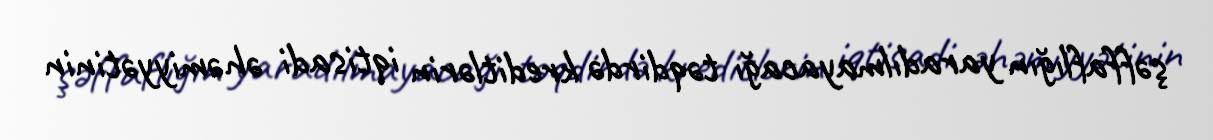
şəffaflığın yaradılmayacağı təqdirdə kreditlərin iqtisadi əhəmiyyətinin